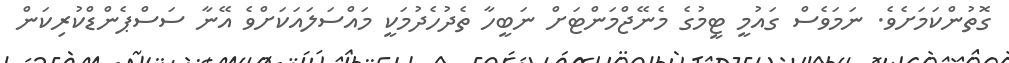
ގޮތުންކަމަށެވެ. ނަަމަވެސް ގައުމީ ޓީމުގެ މެނޭޖްމަންޓަށް ނަބީހާ ތެދުހެދުމަކީ މައްސަލައަކަށްވެ އޭނާ ސަސްޕެންޑްކުރިކަން